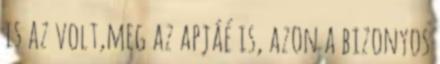
is az volt,meg az apjáé is, azon a bizonyos